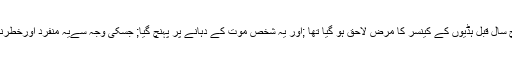
پال ہارنر نامی شخص جس کو پانچ سال قبل ہڈیوں کے کینسر کا مرض لاحق ہو گیا تھا ;اور یہ شخص موت کے دہانے پر پہنچ گیا; جسکی وجہ سےیہ منفرد اورخطرناک آپریشن کرنےکا فیصلہ کیا گیا۔